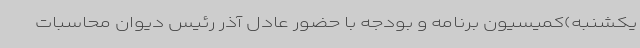
یکشنبه)کمیسیون برنامه و بودجه با حضور عادل آذر رئیس دیوان محاسبات